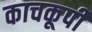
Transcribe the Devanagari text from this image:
काचकूपी